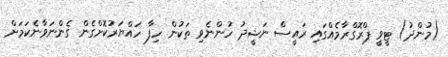
(މުންދު) ޓީވީ ޕްރޮގްރާމެއްގައި ރައީސް ނަޝީދު ހުންނެވި ތަކުން ހިފާ ހައްޔަރުކޮށްގެން ގެންނަވާނެކަމަށް